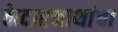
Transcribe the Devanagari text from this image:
केदारनाथांचा